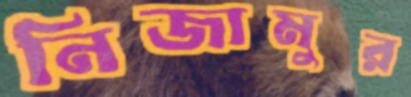
নিজামুর